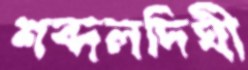
শব্দলদিঘী